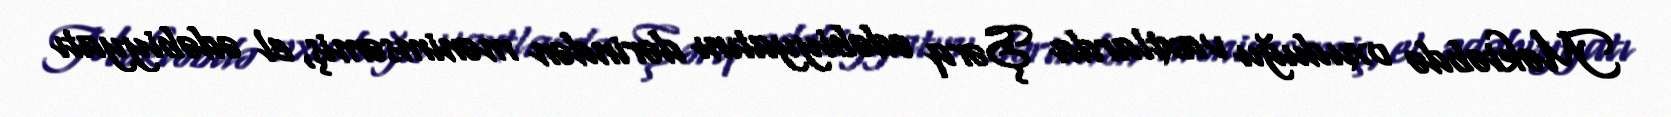
Məktəbdə oxuduğu vaxtlarda Şərq ədəbiyyatını dərindən mənimsəmiş, el ədəbiyyatı